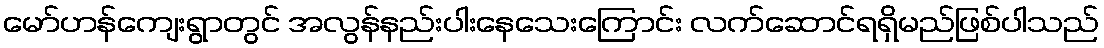
မော်ဟန်ကျေးရွာတွင် အလွန်နည်းပါးနေသေးကြောင်း လက်ဆောင်ရရှိမည်ဖြစ်ပါသည်